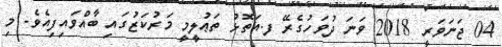
04 ޖަނަވަރީ 2018 ވަނަ ދުވަހުގެރޭ ފ.އަތޮޅު ތަޢުލީމީ މަރުކަޒުގައި ބާއްވައިފިއެވެ. މި